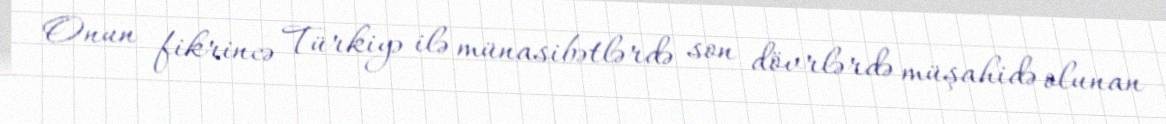
Onun fikrincə Türkiyə ilə münasibətlərdə son dövrlərdə müşahidə olunan